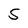
Character: 5